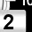
Digit: 2